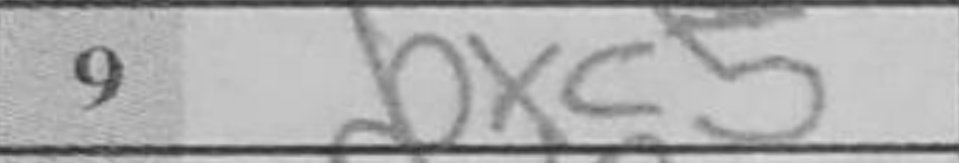
Transcription: bxc5